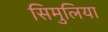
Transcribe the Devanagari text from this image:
सिमुलिया